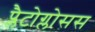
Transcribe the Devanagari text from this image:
प्लैटोग्लोसस